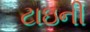
ટાઇની